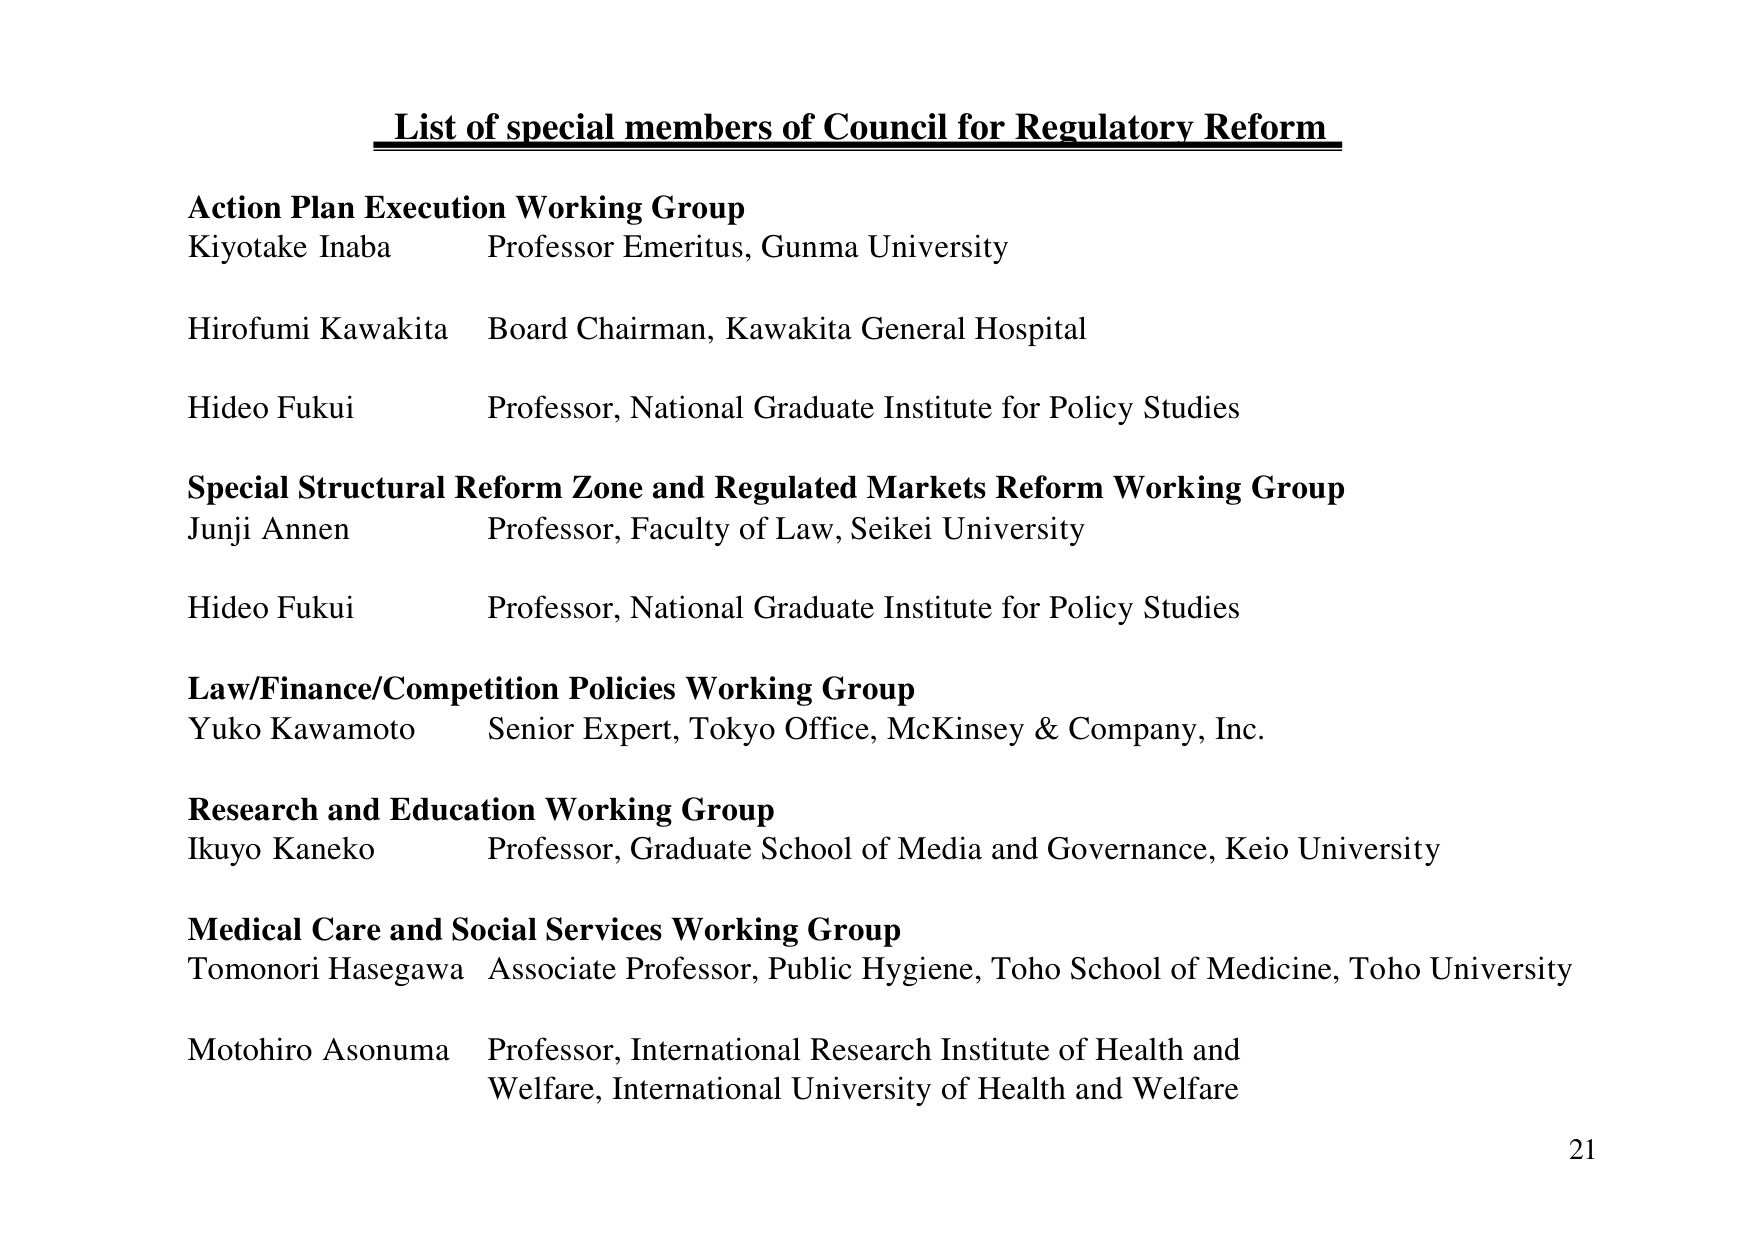
List of special members of Council for Regulatory Reform

Action Plan Execution Working Group
Kiyotake Inaba        Professor Emeritus, Gunma University
Hirofumi Kawakita     Board Chairman, Kawakita General Hospital
Hideo Fukui           Professor, National Graduate Institute for Policy Studies

Special Structural Reform Zone and Regulated Markets Reform Working Group
Junji Annen           Professor, Faculty of Law, Seikei University
Hideo Fukui           Professor, National Graduate Institute for Policy Studies

Law/Finance/Competition Policies Working Group
Yuko Kawamoto         Senior Expert, Tokyo Office, McKinsey & Company, Inc.

Research and Education Working Group
Ikuyo Kaneko          Professor, Graduate School of Media and Governance, Keio University

Medical Care and Social Services Working Group
Tomonori Hasegawa     Associate Professor, Public Hygiene, Toho School of Medicine, Toho University
Motohiro Asonuma      Professor, International Research Institute of Health and
                        Welfare, International University of Health and Welfare

21